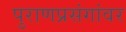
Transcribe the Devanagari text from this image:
पुराणप्रसंगांवर